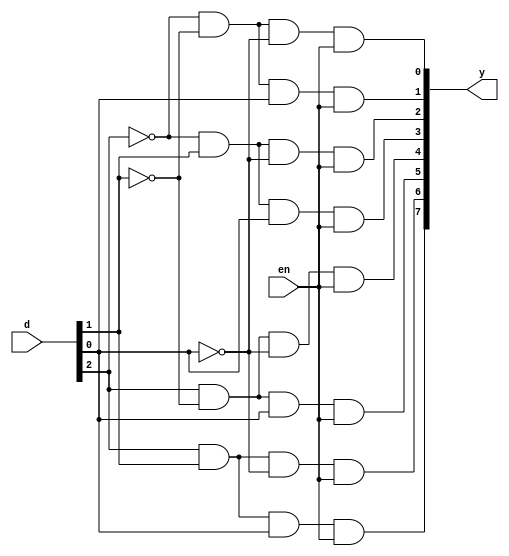
`timescale 1ns / 1ps

module deco3_8(output [7:0]y,input [2:0]d,input en);
wire [2:0] nd;
not n1(nd[0],d[0]);
not n2(nd[1],d[1]);
not n3(nd[2],d[2]);
and a1(y[0],nd[2],nd[1],nd[0],en);
and a2(y[1],nd[2],nd[1],d[0],en);
and a3(y[2],nd[2],d[1],nd[0],en);
and a4(y[3],nd[2],d[1],d[0],en);
and a5(y[4],d[2],nd[1],nd[0],en);
and a6(y[5],d[2],nd[1],d[0],en);
and a7(y[6],d[2],d[1],nd[0],en);
and a8(y[7],d[2],d[1],d[0],en);
endmodule